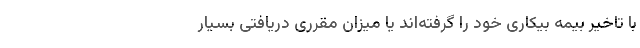
با تاخیر بیمه بیکاری خود را گرفته‌اند یا میزان مقرری دریافتی بسیار